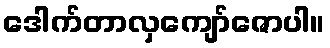
ဒေါက်တာလှကျော်ဇောပါ။